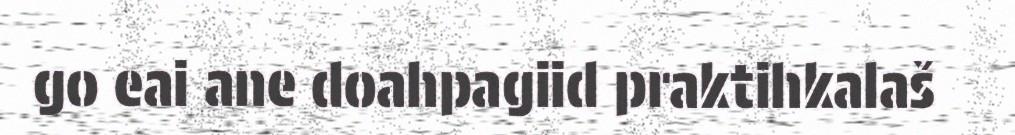
go eai ane doahpagiid praktihkalaš